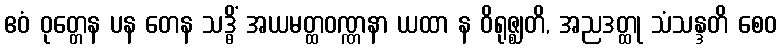
ဧဝံ ဝုတ္တေန ပန တေန သဒ္ဓိံ အယမတ္ထဝဏ္ဏနာ ယထာ န ဝိရုဇ္ဈတိ, အညဒတ္ထု သံသန္ဒတိ စေဝ